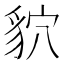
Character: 貁